Vaccination in Bombay 1863-1868 - 1863-1868
Year: 1863
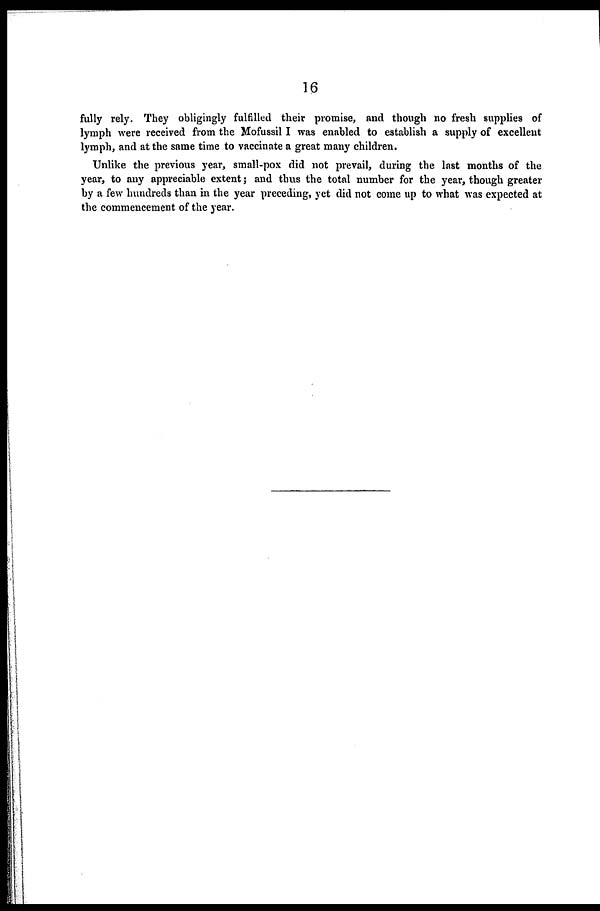
16
fully rely. They obligingly fulfilled their promise, and though no fresh supplies of
lymph were received from the Mofussil I was enabled to establish a supply of excellent
lymph, and at the same time to vaccinate a great many children.
Unlike the previous year, small-pox did not prevail, during the last months of the
year, to any appreciable extent; and thus the total number for the year, though greater
by a few hundreds than in the year preceding, yet did not come up to what was expected at
the commencement of the year.